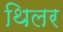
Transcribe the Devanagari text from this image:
थिलर